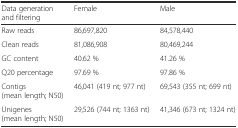
<table><thead><tr><td><b>Data generation and filtering</b></td><td><b>Female</b></td><td><b>Male</b></td></tr></thead><tbody><tr><td>Raw reads</td><td>86,697,820</td><td>84,578,440</td></tr><tr><td>Clean reads</td><td>81,086,908</td><td>80,469,244</td></tr><tr><td>GC content</td><td>40.62 %</td><td>41.26 %</td></tr><tr><td>Q20 percentage</td><td>97.69 %</td><td>97.86 %</td></tr><tr><td>Contigs (mean length; N50)</td><td>46,041 (419 nt; 977 nt)</td><td>69,543 (355 nt; 699 nt)</td></tr><tr><td>Unigenes (mean length; N50)</td><td>29,526 (744 nt; 1363 nt)</td><td>41,346 (673 nt; 1324 nt)</td></tr></tbody></table>